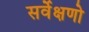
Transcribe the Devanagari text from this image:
सर्वेक्षणो